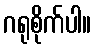
ဂရုစိုက်ပါ။